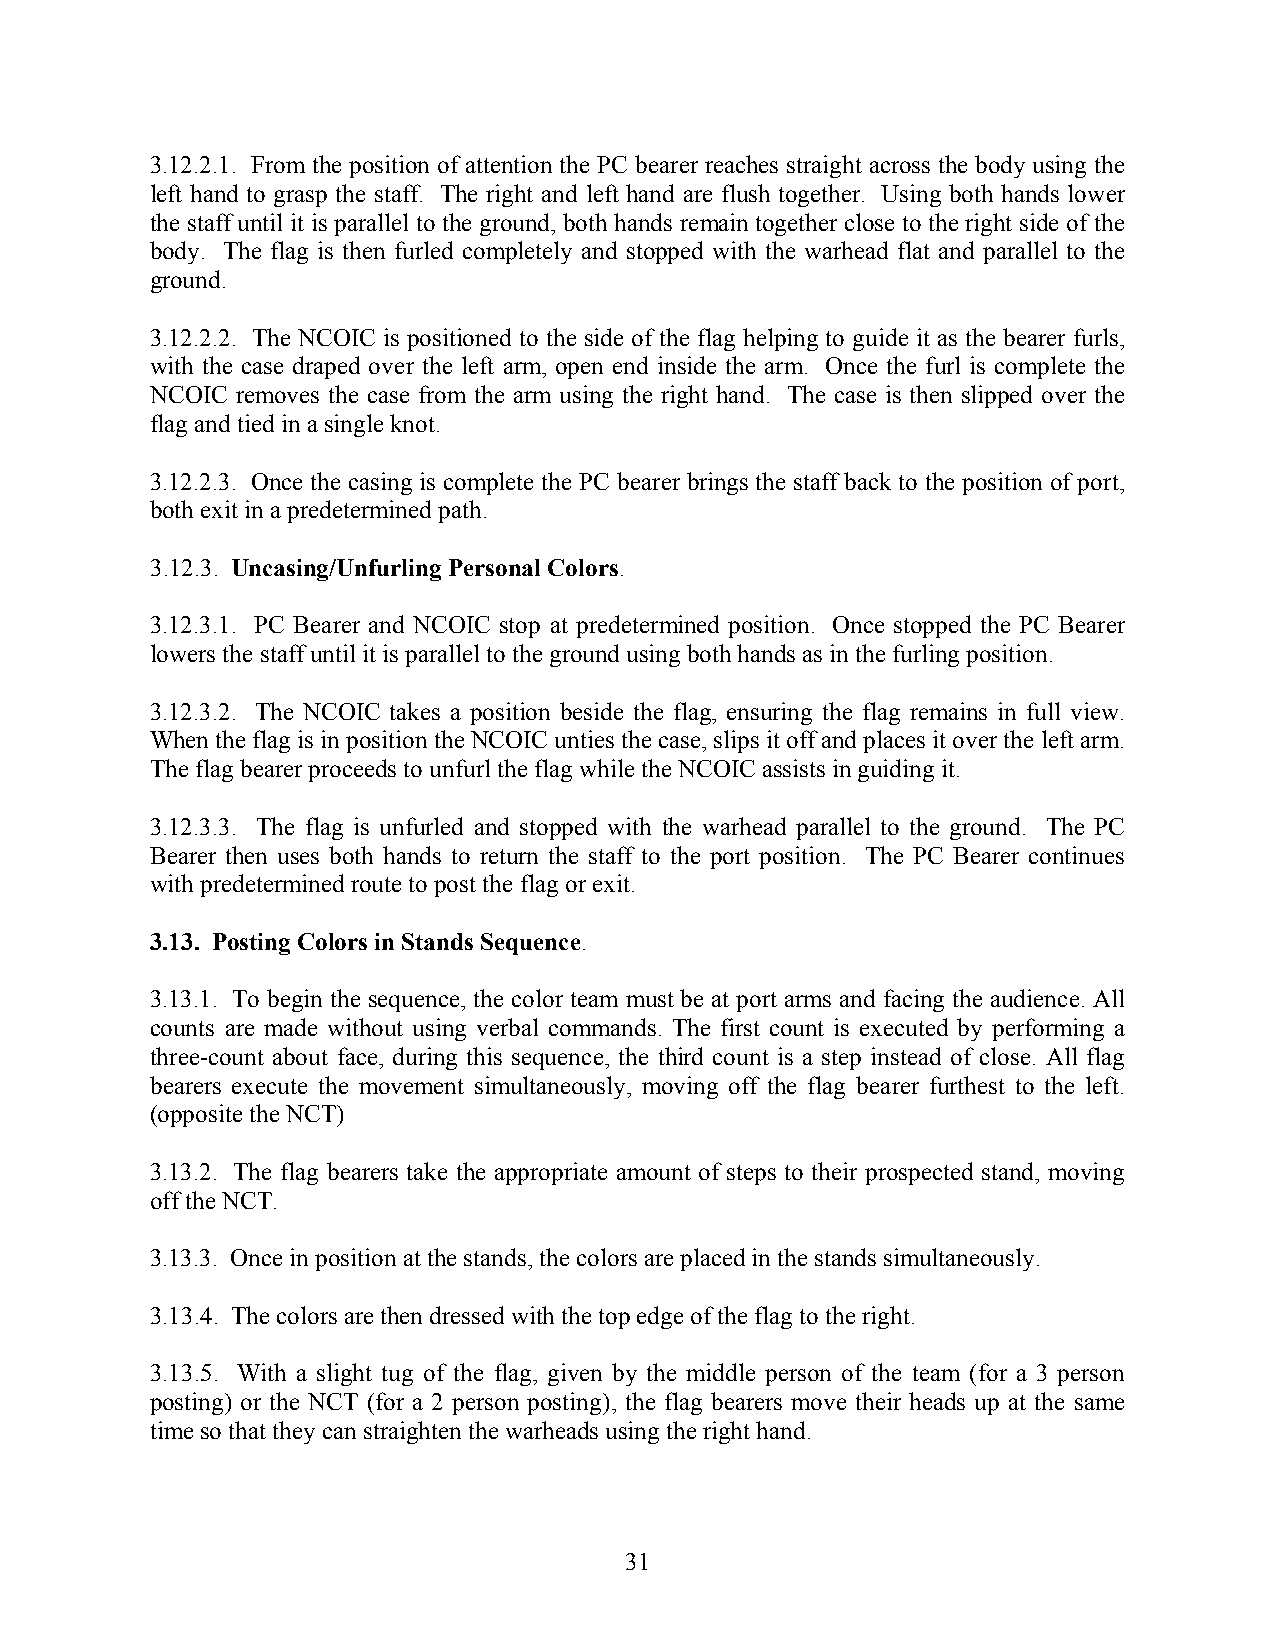
3.12.2.1. From the position of attention the PC bearer reaches straight across the body using the
 left hand to grasp the staff. The right and left hand are flush together. Using both hands lower
 the staff until it is parallel to the ground, both hands remain together close to the right side of the
 body. The flag is then furled completely and stopped with the warhead flat and parallel to the
 ground.
 3.12.2.2. The NCOIC is positioned to the side of the flag helping to guide it as the bearer furls,
 with the case draped over the left arm, open end inside the arm. Once the furl is complete the
 NCOIC removes the case from the arm using the right hand. The case is then slipped over the
 flag and tied in a single knot.
 3.12.2.3. Once the casing is complete the PC bearer brings the staff back to the position of port,
 both exit in a predetermined path.
 3.12.3. Uncasing/Unfurling Personal Colors.
 3.12.3.1. PC Bearer and NCOIC stop at predetermined position. Once stopped the PC Bearer
 lowers the staff until it is parallel to the ground using both hands as in the furling position.
 3.12.3.2. The NCOIC takes a position beside the flag, ensuring the flag remains in full view.
 When the flag is in position the NCOIC unties the case, slips it off and places it over the left arm.
 The flag bearer proceeds to unfurl the flag while the NCOIC assists in guiding it.
 3.12.3.3. The flag is unfurled and stopped with the warhead parallel to the ground. The PC
 Bearer then uses both hands to return the staff to the port position. The PC Bearer continues
 with predetermined route to post the flag or exit.
 3.13. Posting Colors in Stands Sequence.
 3.13.1. To begin the sequence, the color team must be at port arms and facing the audience. All
 counts are made without using verbal commands. The first count is executed by performing a
 three-count about face, during this sequence, the third count is a step instead of close. All flag
 bearers execute the movement simultaneously, moving off the flag bearer furthest to the left.
 (opposite the NCT)
 3.13.2. The flag bearers take the appropriate amount of steps to their prospected stand, moving
 off the NCT.
 3.13.3. Once in position at the stands, the colors are placed in the stands simultaneously.
 3.13.4. The colors are then dressed with the top edge of the flag to the right.
 3.13.5. With a slight tug of the flag, given by the middle person of the team (for a 3 person
 posting) or the NCT (for a 2 person posting), the flag bearers move their heads up at the same
 time so that they can straighten the warheads using the right hand.
 31